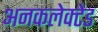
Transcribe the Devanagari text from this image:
अनकलेक्टेड